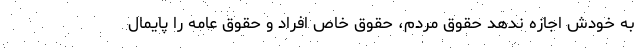
به خودش اجازه ندهد حقوق مردم، حقوق خاص افراد و حقوق عامه را پایمال